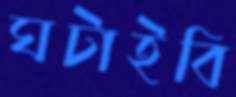
ঘটাইবি